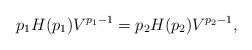
LaTeX: \begin{align*}p_1H(p_1) V^{p_1-1} = p_2H(p_2) V^{p_2-1},\end{align*}